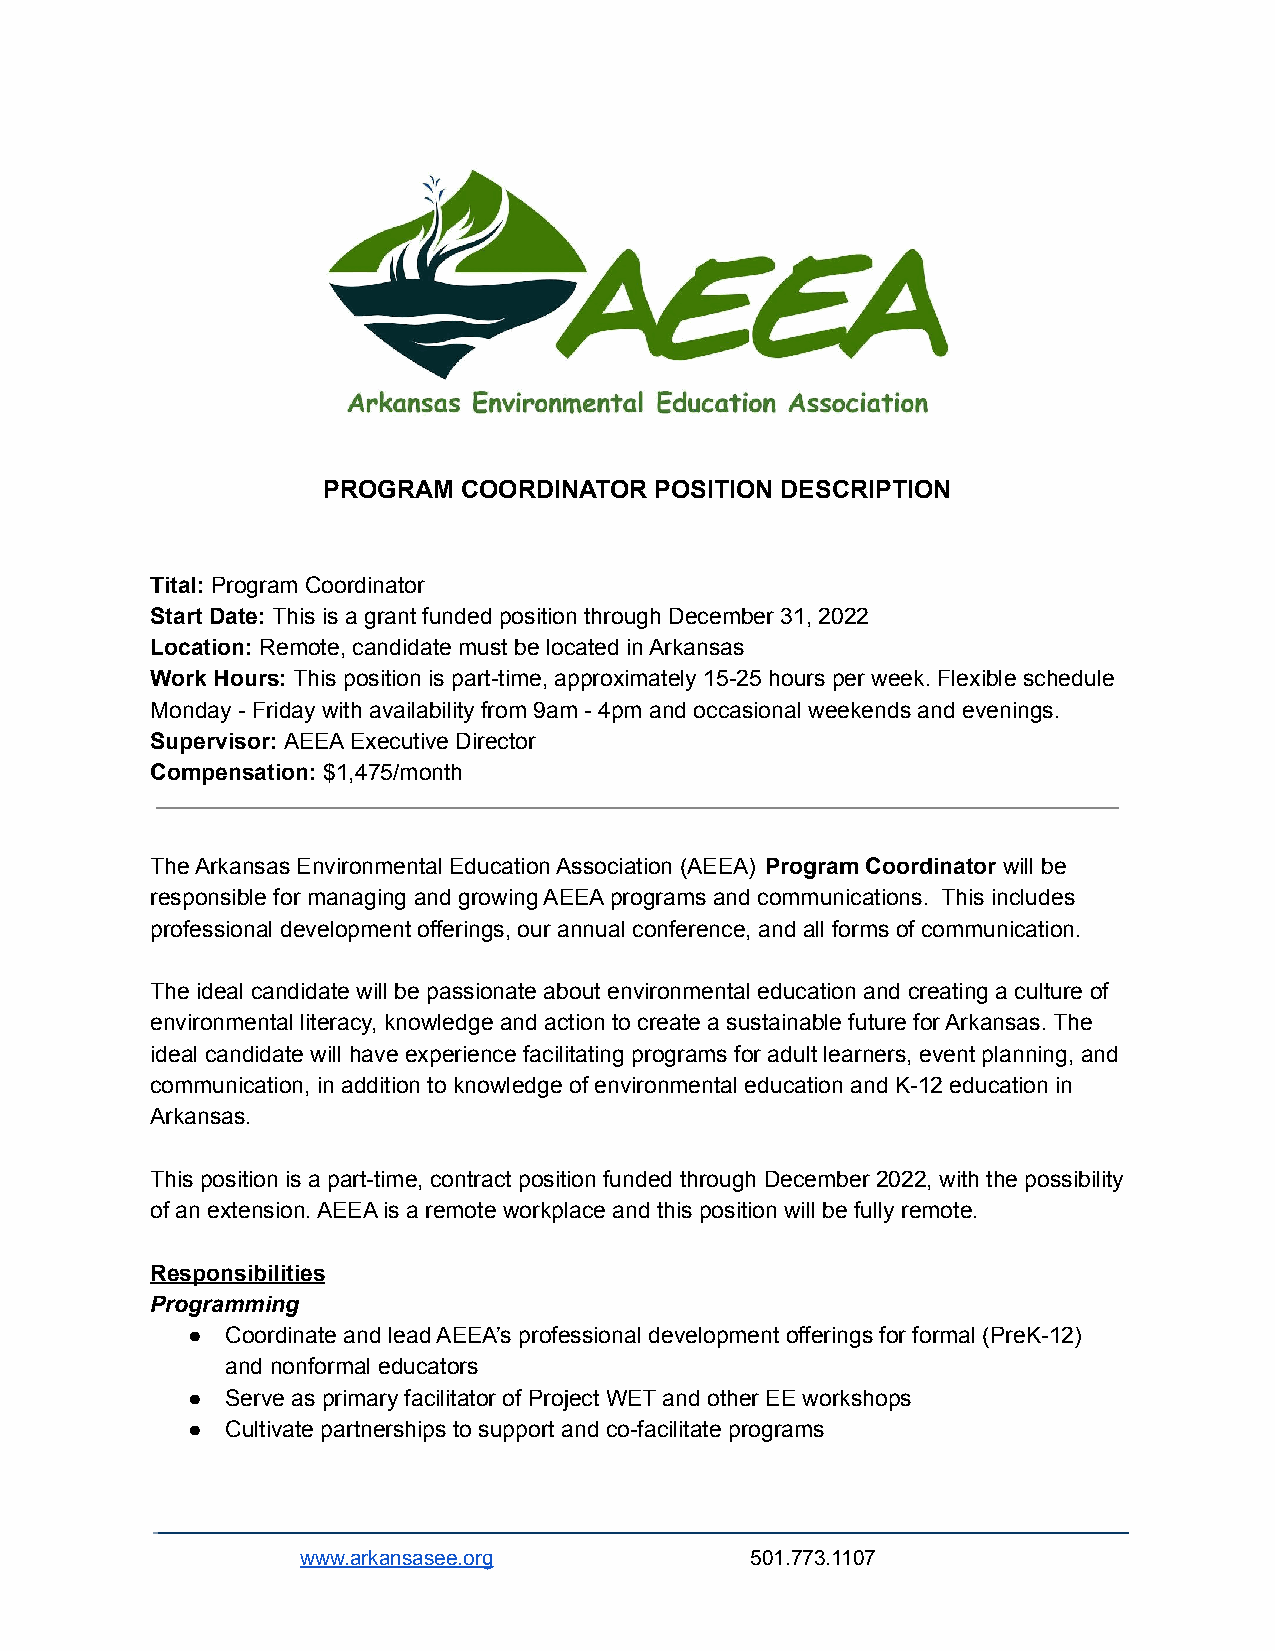
PROGRAM   COORDINATOR POSITION DESCRIPTION
 Tital: Program Coordinator
 Start Date: This is a grant funded position through December 31, 2022
 Location: Remote, candidate must be located in Arkansas
 Work Hours: This position is part-time, approximately 15-25 hours per week. Flexible schedule
 Monday - Friday with availability from 9am - 4pm and occasional weekends and evenings.
 Supervisor: AEEA Executive Director
 Compensation: $1,475/month
 The Arkansas Environmental Education Association (AEEA) Program Coordinator will be
 responsible for managing and growing AEEA programs and communications. This includes
 professional development offerings, our annual conference, and all forms of communication.
 The ideal candidate will be passionate about environmental education and creating a culture of
 environmental literacy, knowledge and action to create a sustainable future for Arkansas. The
 ideal candidate will have experience facilitating programs for adult learners, event planning, and
 communication, in addition to knowledge of environmental education and K-12 education in
 Arkansas.
 This position is a part-time, contract position funded through December 2022, with the possibility
 of an extension. AEEA is a remote workplace and this position will be fully remote.
 Responsibilities
 Programming
 ●  Coordinate and lead AEEA’s professional development offerings for formal (PreK-12)
 and nonformal educators
 ●  Serve as primary facilitator of Project WET and other EE workshops
 ●  Cultivate partnerships to support and co-facilitate programs
 www.arkansasee.org            501.773.1107